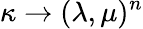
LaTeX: \kappa\rightarrow(\lambda,\mu)^{n}